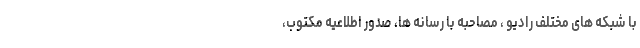
با شبکه های مختلف رادیو ، مصاحبه با رسانه ها، صدور اطلاعیه مکتوب،